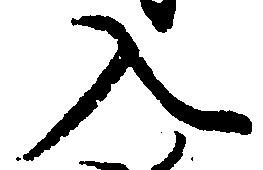
入